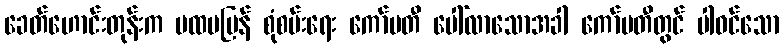
ခေတ်ဟောင်းတုန်းက ပထမပြန် စုံစမ်းရေး ကော်မတီ ပေါ်လာသောအခါ ကော်မတီတွင် ပါဝင်သော